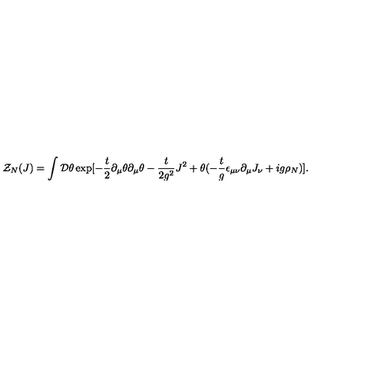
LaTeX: { \cal Z } _ { N } ( J ) = \int { \cal D } \theta \exp [ - \frac { t } { 2 } \partial _ { \mu } \theta \partial _ { \mu } \theta - \frac { t } { 2 g ^ { 2 } } J ^ { 2 } + \theta ( - \frac { t } { g } \epsilon _ { \mu \nu } \partial _ { \mu } J _ { \nu } + i g \rho _ { N } ) ] .